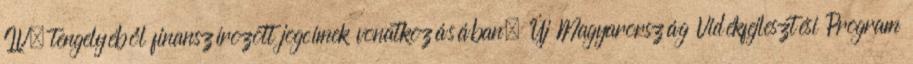
IV. tengelyéből finanszírozott jogcímek vonatkozásában. Új Magyarország Vidékfejlesztési Program